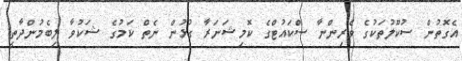
އެގޮތުން ސުކޫލުތަކުގެ ވެރިންނާ ސްކައުޓްގެ ކޮމިޝަނަރާ ގުޅުން ނެތް ކަމުގެ ޝަކުވާ ލިބެމުންދާތީ